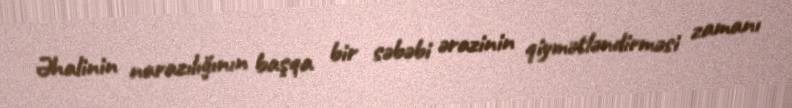
Əhalinin narazılığının başqa bir səbəbi ərazinin qiymətləndirməsi zamanı